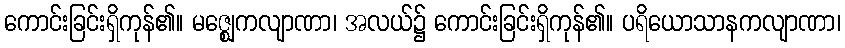
ကောင်းခြင်းရှိကုန်၏။ မဇ္ဈေကလျာဏာ၊ အလယ်၌ ကောင်းခြင်းရှိကုန်၏။ ပရိယောသာနကလျာဏာ၊